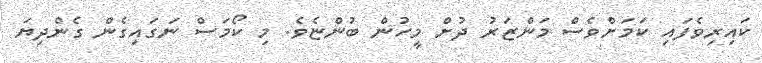
ކައިރިވެފައި ކަމަށްވެސް މަންޒަރު ދުށް މީހުން ބުންޏެވެ. މި ކޯމަސް ނަގައިގެން ގެންދިޔަ